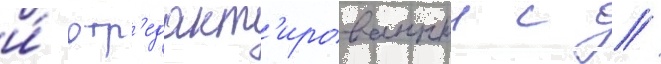
и́ отр'едакт'ированныи с //